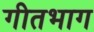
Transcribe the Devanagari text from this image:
गीतभाग